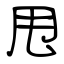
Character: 甩